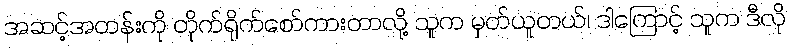
အဆင့်အတန်းကို တိုက်ရိုက်စော်ကားတာလို့ သူက မှတ်ယူတယ်၊ ဒါကြောင့် သူက ဒီလို